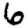
Digit: 6